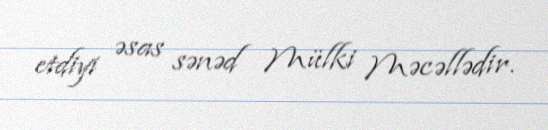
etdiyi əsas sənəd Mülki Məcəllədir.